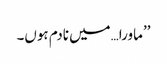
’’ماورا…میں نادم ہوں۔